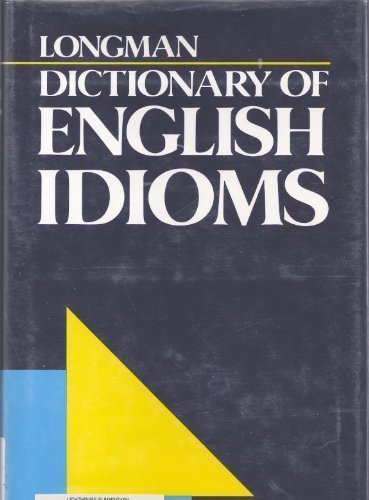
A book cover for Longman Dictionary of English Idioms; Laurence Urdang; Reference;